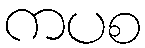
ကပစ